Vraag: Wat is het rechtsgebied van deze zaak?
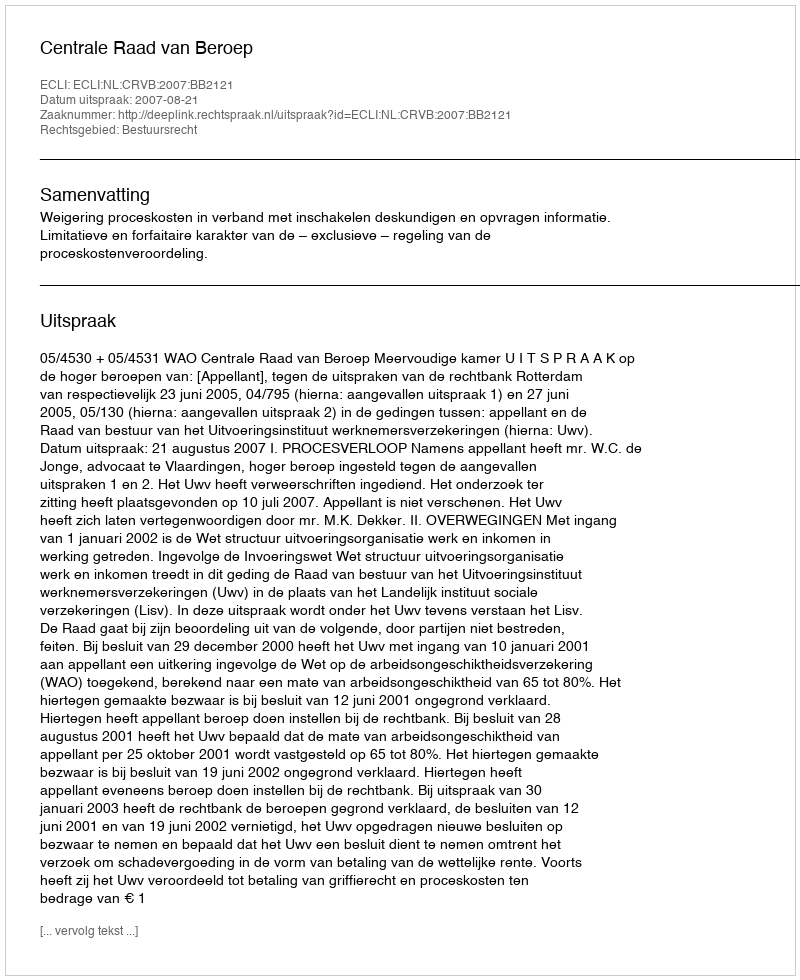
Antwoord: Bestuursrecht